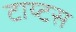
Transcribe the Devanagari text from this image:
टाय्टस